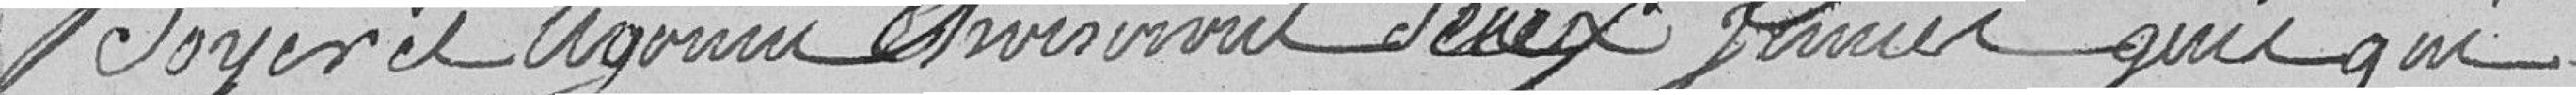
Doyer et Legoin choisiront deux jeunes gens qui